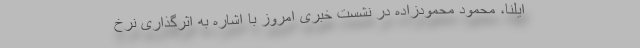
ایلنا، محمود محمودزاده در نشست خبری امروز با اشاره به اثرگذاری نرخ